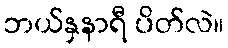
ဘယ်နှနာရီ ပိတ်လဲ။